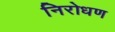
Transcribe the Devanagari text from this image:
निरोधण